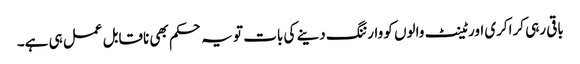
باقی رہی کراکری اور ٹینٹ والوں کو وارننگ دینے کی بات تو یہ حکم بھی ناقابل عمل ہی ہے۔